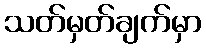
သတ်မှတ်ချက်မှာ